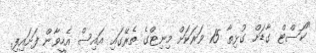
"ކޯސްޓް ގާޑަށް ގުޅިތާ 15 ވަރަކަށް މިނިޓްގެ ތެރޭގައި އައިސް އެހީވާން ފަށައިފި.